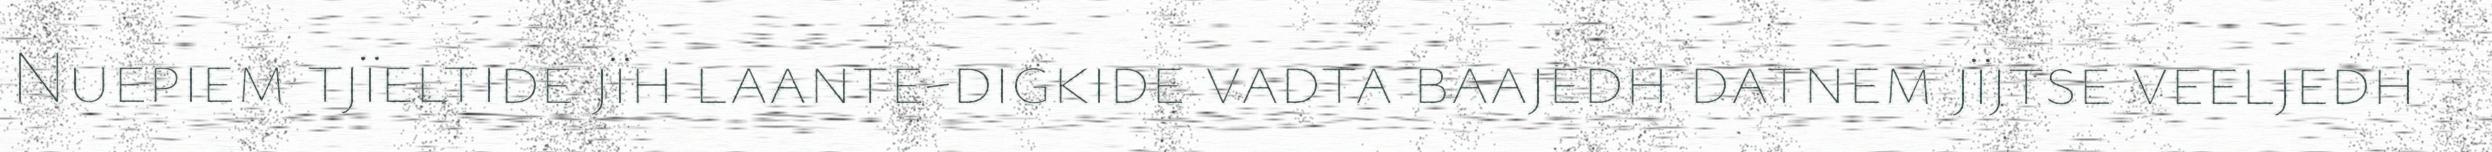
Nuepiem tjïeltide jïh laante-digkide vadta baajedh datnem jïjtse veeljedh